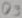
Text: Q9